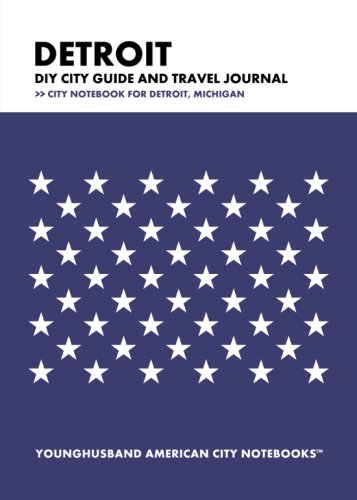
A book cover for Detroit DIY City Guide and Travel Journal: City Notebook for Detroit, Michigan; Younghusband American City Notebooks; Travel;